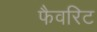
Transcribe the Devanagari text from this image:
फैवरिट